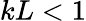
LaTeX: kL<1